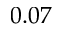
0 . 0 7